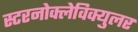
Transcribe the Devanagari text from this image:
स्टरनोक्लेविक्युलर